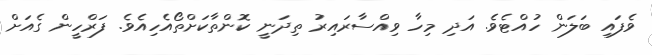
ވެފައި ބަލަން ހުއްޓެވެ. އަދި މިހާ ވިއްސާރައިރު ތިދަނީ ކޮންތާކަށްތޯއެހިއެވެ. ފަރްހީން ގެއަށް